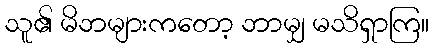
သူ၏ မိဘများကတော့ ဘာမျှ မသိရှာကြ။